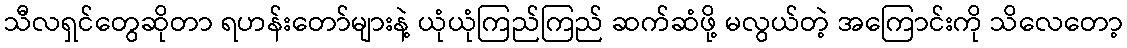
သီလရှင်တွေဆိုတာ ရဟန်းတော်များနဲ့ ယုံယုံကြည်ကြည် ဆက်ဆံဖို့ မလွယ်တဲ့ အကြောင်းကို သိလေတော့